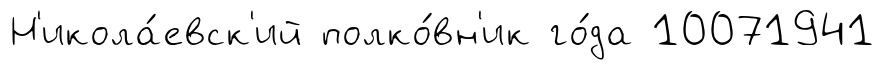
Н'икола́евск'ий полко́вн'ик го́да 10071941